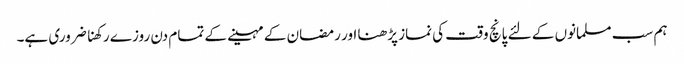
ہم سب مسلمانوں کے لئے پانچ وقت کی نماز پڑھنا اور رمضان کے مہینے کے تمام دن روزے رکھنا ضروری ہے۔